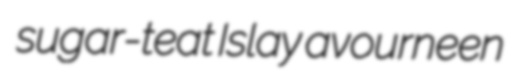
sugar-teat Islay avourneen